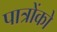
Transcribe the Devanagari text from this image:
पात्रोंको